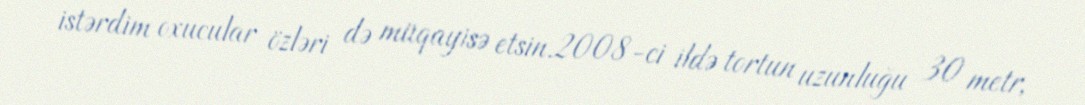
istərdim oxucular özləri də müqayisə etsin.2008-ci ildə tortun uzunluğu 30 metr,